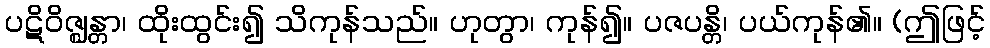
ပဋိဝိဇ္ဈန္တာ၊ ထိုးထွင်း၍ သိကုန်သည်။ ဟုတွာ၊ ကုန်၍။ ပဇပန္တိ၊ ပယ်ကုန်၏။ (ဤဖြင့်